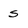
Character: s